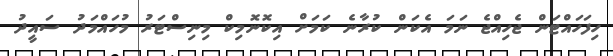
ހިފަހައްޓަން ޖެހިއްޖެ ނަމަ އެކަން ކުރާނެ ކަމަށް އިކޮނޮމިކް މިނިސްޓަރު މުހައްމަދު ސައީދު